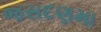
જસદણમા